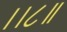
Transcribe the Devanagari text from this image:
।।८॥